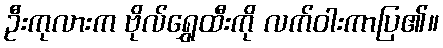
ဦးကုလားက ဗိုလ်ရွှေထီးကို လက်ဝါးကာပြ၏။